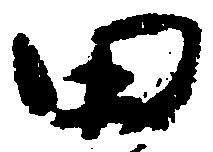
田